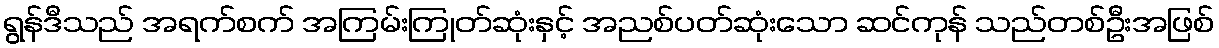
ရွန်ဒီသည် အရက်စက် အကြမ်းကြုတ်ဆုံးနှင့် အညစ်ပတ်ဆုံးသော ဆင်ကုန် သည်တစ်ဦးအဖြစ်